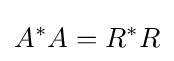
A^{*}A=R^{*}R